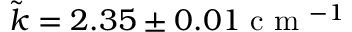
\tilde { k } = 2 . 3 5 \pm 0 . 0 1 \mathrm { ~ c ~ m ~ } ^ { - 1 }